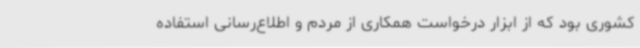
کشوری بود که از ابزار درخواست همکاری از مردم و اطلاع‌رسانی استفاده